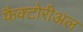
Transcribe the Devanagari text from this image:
फैक्टोरीअल